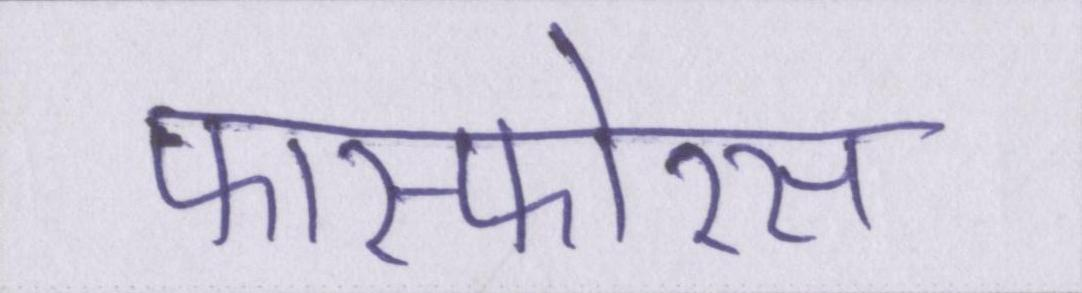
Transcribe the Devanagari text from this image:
फास्फोरस